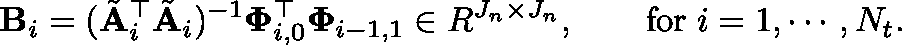
\mathbf { B } _ { i } = ( \tilde { \mathbf { A } } _ { i } ^ { \top } \tilde { \mathbf { A } } _ { i } ) ^ { - 1 } \mathbf { \Phi } _ { i , 0 } ^ { \top } \mathbf { \Phi } _ { i - 1 , 1 } \in \mathbb { R } ^ { J _ { n } \times J _ { n } } , \qquad \mathrm { f o r } \; i = 1 , \cdots , N _ { t } .